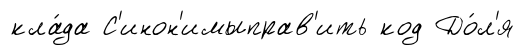
кла́да С'инон'имыправ'ить код До́л'я